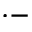
^ { \cdot - }